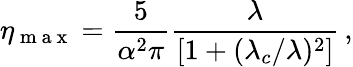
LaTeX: \eta_{\mathrm{~m~a~x~}}=\frac{5}{\alpha^{2}\pi}\frac{\lambda}{[1+(\lambda_{c}/\lambda)^{2}]}\, ,